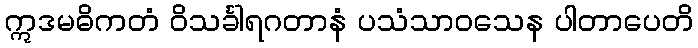
ဣဒမဓိကတံ ဝိသင်္ခါရဂတာနံ ပသံသာဝသေန ပါတာပေတိ